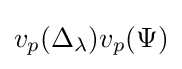
v_{p}(\Delta _{\lambda })v_{p}(\Psi )